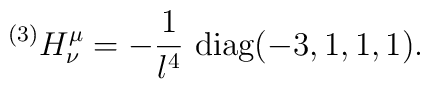
{}^{(3)} H^\mu_\nu = -{1 \over l^4} \mbox{ diag}(-3,1,1,1).